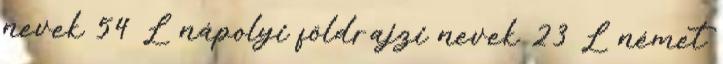
nevek‎ 54 L nápolyi földrajzi nevek‎ 23 L német